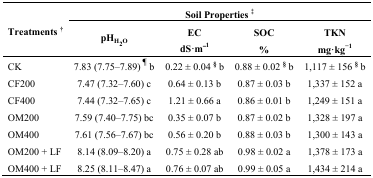
<table><thead><tr><td rowspan="2"><b>Treatments <sup>†</sup></b></td><td colspan="4"><b>Soil Properties <sup>‡</sup></b></td></tr><tr><td><b>pH<sub>H<sub>2</sub>O</sub></b></td><td><b>EC dS·m<sup>−1</sup></b></td><td><b>SOC %</b></td><td><b>TKN mg·kg<sup>−1</sup></b></td></tr></thead><tbody><tr><td>CK</td><td>7.83 (7.75–7.89) <sup>¶</sup> b</td><td>0.22 ± 0.04 <sup>§</sup> b</td><td>0.88 ± 0.02 <sup>§</sup> b</td><td>1,117 ± 156 <sup>§</sup> b</td></tr><tr><td>CF200</td><td>7.47 (7.32–7.60) c</td><td>0.64 ± 0.13 b</td><td>0.87 ± 0.03 b</td><td>1,337 ± 152 a</td></tr><tr><td>CF400</td><td>7.44 (7.32–7.65) c</td><td>1.21 ± 0.66 a</td><td>0.86 ± 0.01 b</td><td>1,249 ± 151 a</td></tr><tr><td>OM200</td><td>7.59 (7.40–7.75) bc</td><td>0.35 ± 0.07 b</td><td>0.87 ± 0.02 b</td><td>1,328 ± 197 a</td></tr><tr><td>OM400</td><td>7.61 (7.56–7.67) bc</td><td>0.56 ± 0.20 b</td><td>0.88 ± 0.03 b</td><td>1,300 ± 143 a</td></tr><tr><td>OM200 + LF</td><td>8.14 (8.09–8.20) a</td><td>0.75 ± 0.28 ab</td><td>0.98 ± 0.02 a</td><td>1,378 ± 173 a</td></tr><tr><td>OM400 + LF</td><td>8.25 (8.11–8.47) a</td><td>0.76 ± 0.07 ab</td><td>0.99 ± 0.05 a</td><td>1,434 ± 214 a</td></tr></tbody></table>